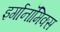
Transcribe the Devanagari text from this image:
इर्गानॉमिक्स